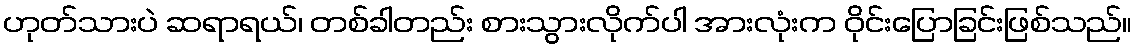
ဟုတ်သားပဲ ဆရာရယ်၊ တစ်ခါတည်း စားသွားလိုက်ပါ အားလုံးက ဝိုင်းပြောခြင်းဖြစ်သည်။